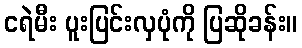
ငရဲမီး ပူးပြင်းလှပုံကို ပြဆိုခန်း။